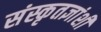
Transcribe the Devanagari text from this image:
संस्कृतज्ञांशी